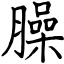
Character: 臊